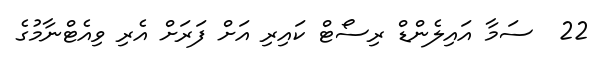
22  ސަމާ އައިލެންޑް ރިސޯޓް ކައިރި އަށް ފަރަށް އެރި ވިއެޓްނާމުގެ